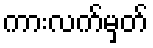
ကားလက်မှတ်